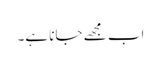
اب مجھے جانا ہے۔